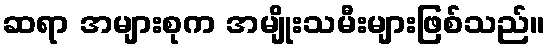
ဆရာ အများစုက အမျိုးသမီးများဖြစ်သည်။